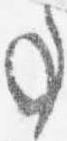
事